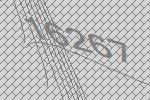
16267